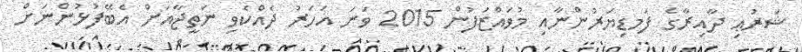
ޝަރުޢި ދާއިރާގެ ފަމޑިޔަރުންނާއި މުވައްޒަފުން 2015 ވަނަ އަހަރު ދެއްކެވި ނަތީޖާއަށް އެބޭފުޅުންނަށް